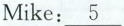
Mike:\underline{5}